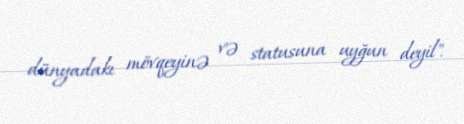
dünyadakı mövqeyinə və statusuna uyğun deyil".